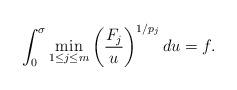
LaTeX: \begin{align*}\int_{0}^{\sigma}\min_{1\leq j\leq m}\left( \frac{F_{j}}{u}\right)^{1/p_{j}}du=f.\end{align*}